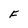
Character: F